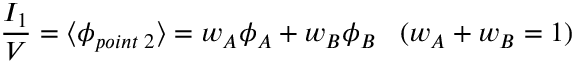
\frac { I _ { 1 } } { V } = \langle \phi _ { p o i n t \; 2 } \rangle = w _ { A } \phi _ { A } + w _ { B } \phi _ { B } \; \; \; ( w _ { A } + w _ { B } = 1 )